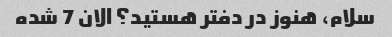
سلام، هنوز در دفتر هستید؟ الان 7 شده